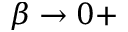
\beta \to 0 +